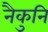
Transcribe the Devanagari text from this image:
नैकुनि